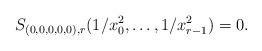
LaTeX: \begin{align*}S_{(0,0,0,0,0),r} (1/x_0^2, \ldots, 1/x_{r-1}^2 ) =0.\end{align*}